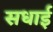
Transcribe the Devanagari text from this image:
सधाई